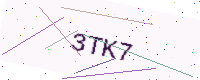
Text: 3TK7